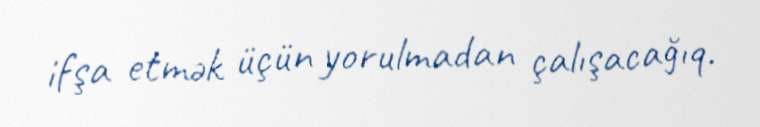
ifşa etmək üçün yorulmadan çalışacağıq.